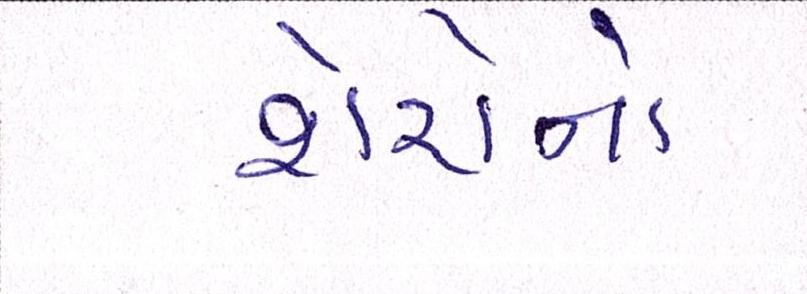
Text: શેરોનો